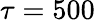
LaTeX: \tau=500